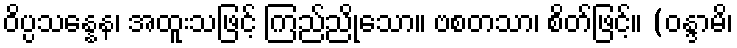
ဝိပ္ပသန္နေန၊ အထူးသဖြင့် ကြည်ညိုသော။ ဗစတသာ၊ စိတ်ဖြင့်။ (ဝန္ဒာမိ၊